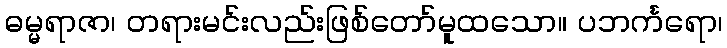
ဓမ္မရာဇာ၊ တရားမင်းလည်းဖြစ်တော်မူထသော။ ပဘင်္ကရော၊